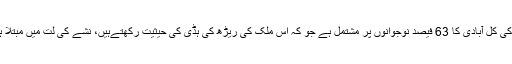
اس وقت پاکستان کی کل آبادی کا 63 فیصد نوجوانوں پر مشتمل ہے جو کہ اس ملک کی ریڑھ کی ہڈی کی حیثیت رکھتےہیں، نشے کی لت میں مبتلا ہوتے جارہے ہیں۔